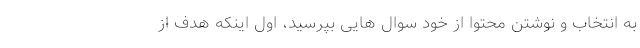
به انتخاب و نوشتن محتوا از خود سوال هایی بپرسید، اول اینکه هدف از